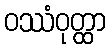
ဝဿံဝုတ္ထာ